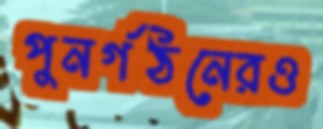
পুনর্গঠনেরও